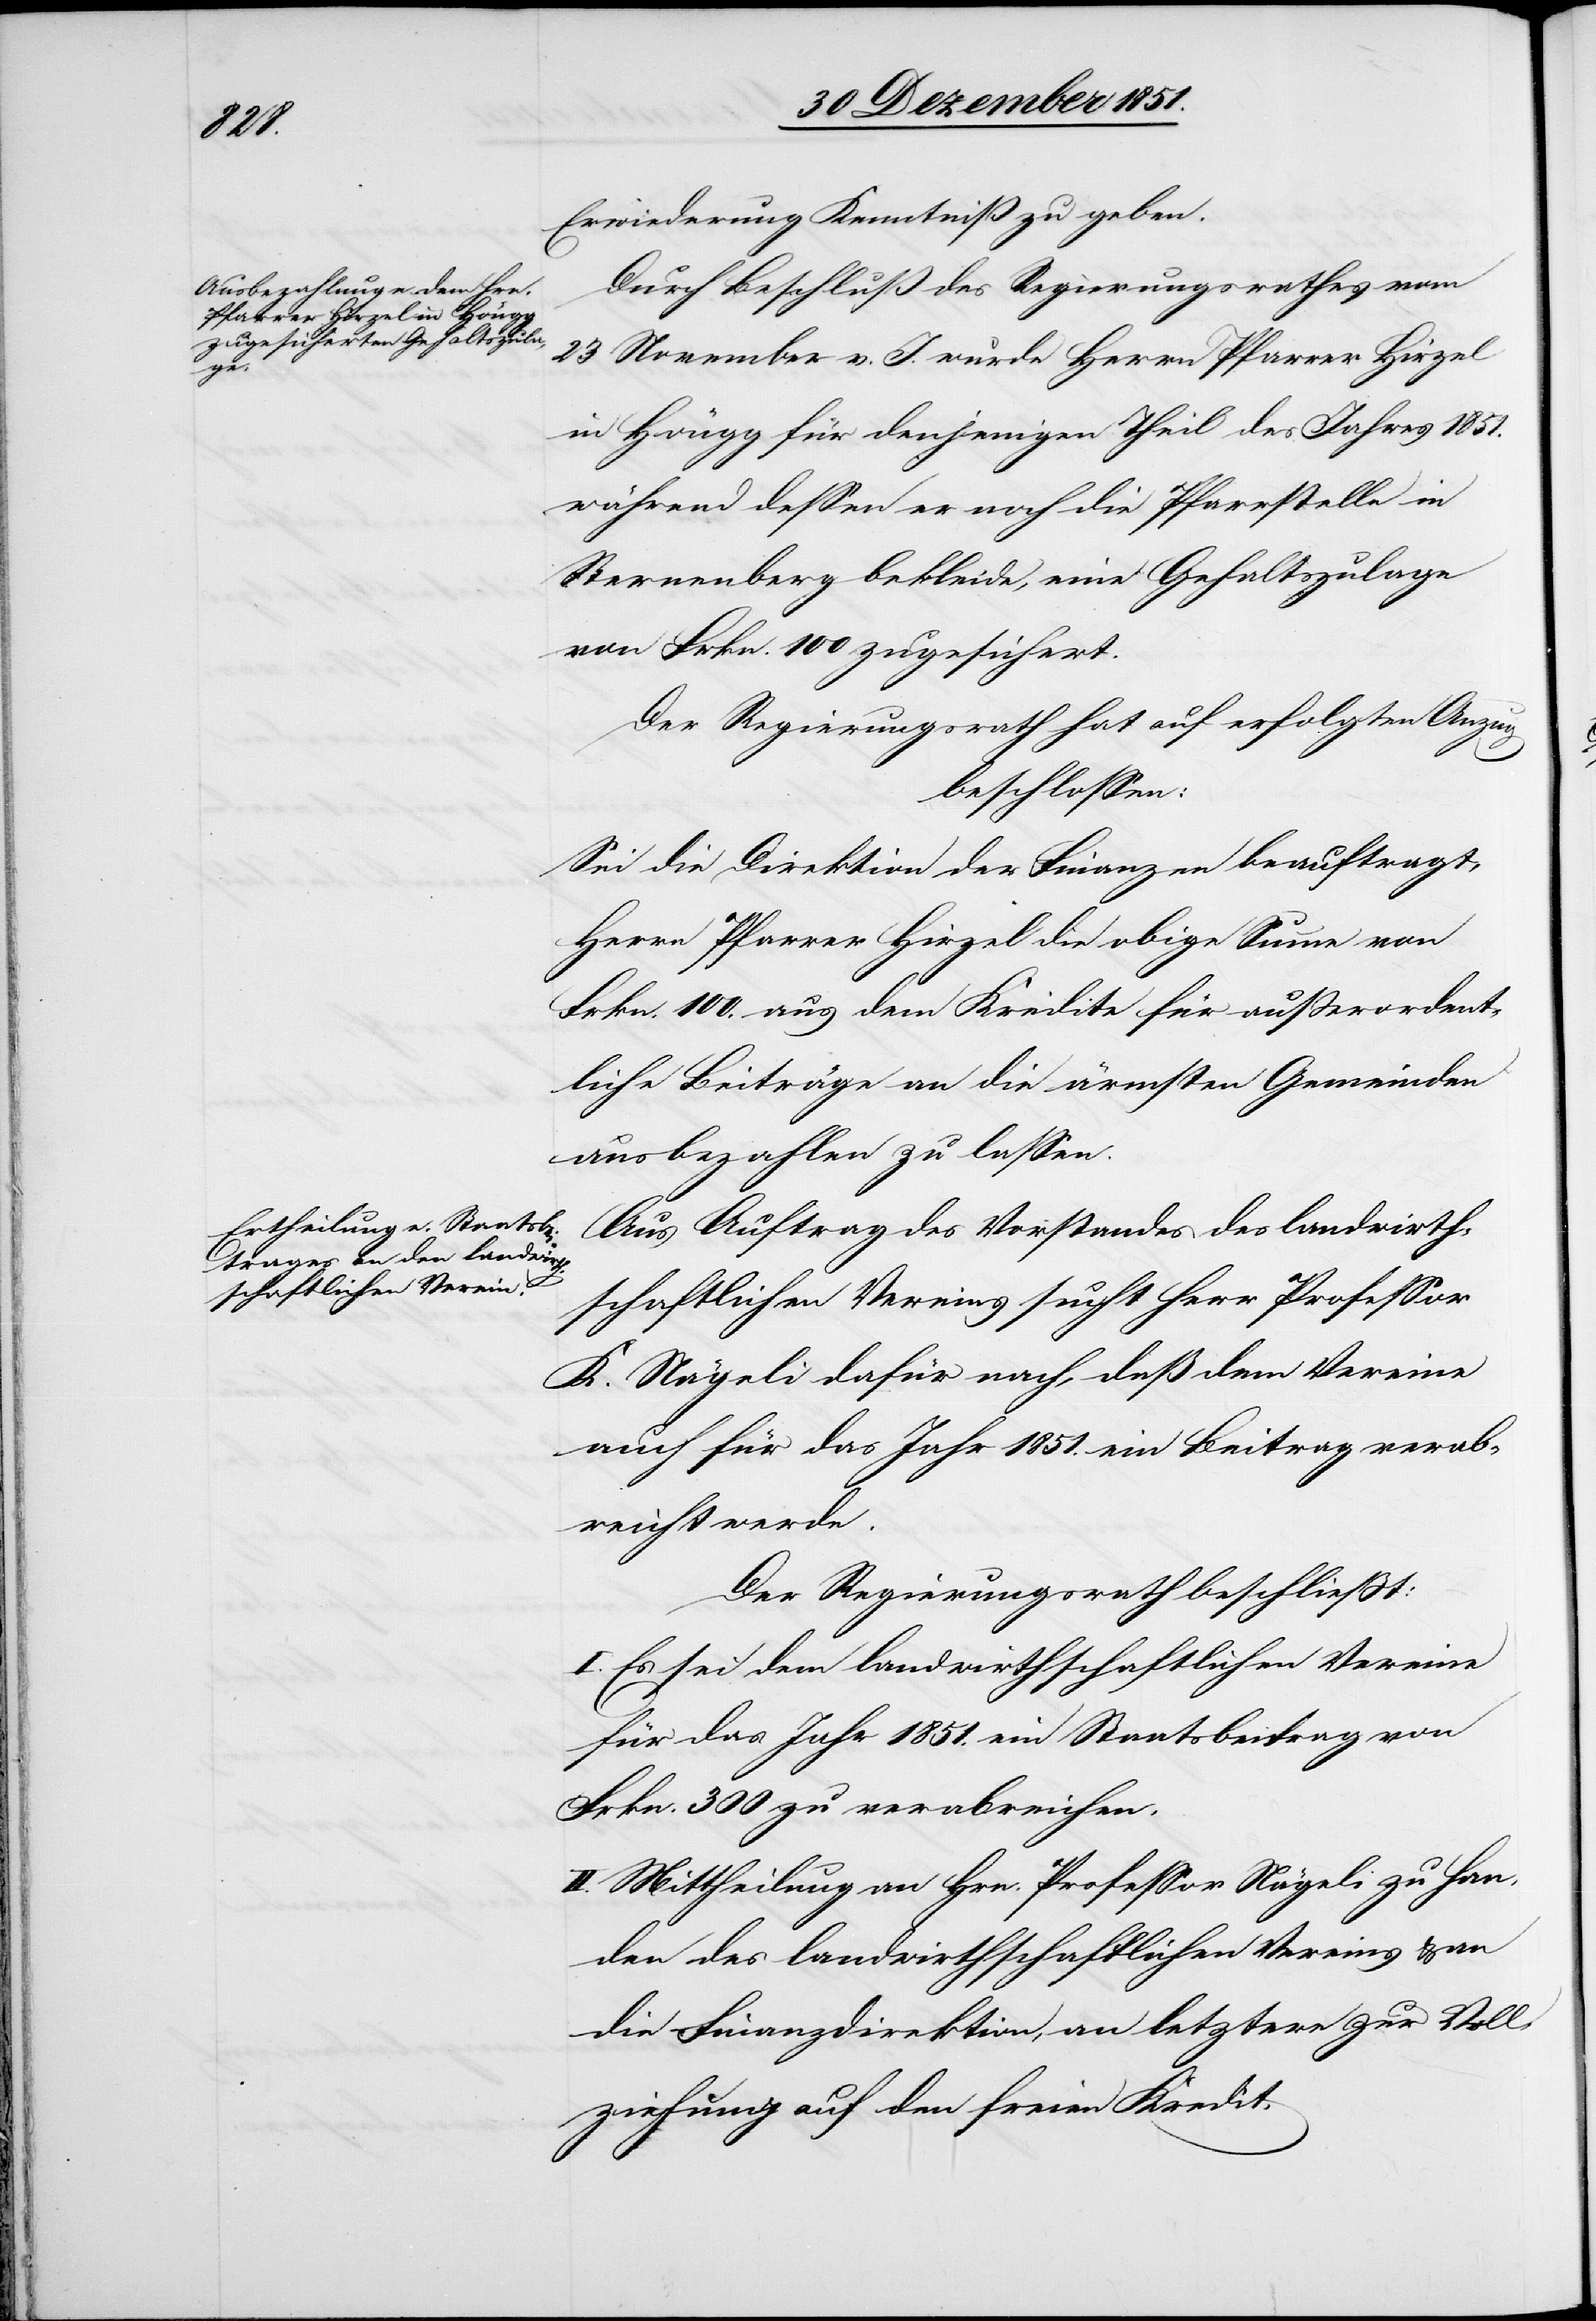
Erwiederung Kenntniß zu geben.
Durch Beschluß des Regierungsrathes vom
23 November v. J. wurde Herrn Pfarrer Hirzel
in Höngg für denjenigen Theil des Jahres 1851.
während dessen er noch die Pfarrstelle in
Sternenberg bekleide, eine Gehaltszulage
von Frkn. 100 zugesichert.
Der Regierungsrath hat auf erfolgten Anzug
beschlossen:
Sei die Direktion der Finanzen beauftragt,
Herrn Pfarrer Hirzel die obige Summe von
Frkn. 100. aus dem Kredite für außerordent¬
liche Beiträge an die ärmsten Gemeinden
ausbezahlen zu lassen.
Aus Auftrag des Vorstandes des landwirth¬
schaftlichen Vereins sucht Herr Professor
K. Nägeli dafür nach, daß dem Vereine
auch für das Jahr 1851. ein Beitrag verab¬
reicht werde.
Der Regierungsrath beschließt:
I. Es sei dem landwirthschaftlichen Vereine
für das Jahr 1851. ein Staatsbeitrag von
Frkn. 300 zu verabreichen.
II. Mittheilung an Hrn. Professor Nägeli zu Han¬
den des landwirthschaftlichen Vereins & an
die Finanzdirektion, an letztere zur Voll¬
ziehung auf den freien Kredit.